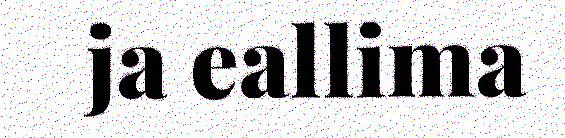
ja eallima